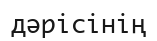
дәрісінің